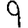
Digit: 9